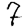
Digit: 7